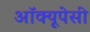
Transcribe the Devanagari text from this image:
अॉक्यूपेसी